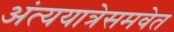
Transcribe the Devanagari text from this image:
अंत्ययात्रेसमवेत